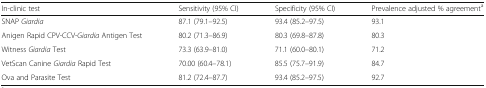
<table><thead><tr><td><b>In-clinic test</b></td><td><b>Sensitivity (95% CI)</b></td><td><b>Specificity (95% CI)</b></td><td><b>Prevalence adjusted % agreement<sup>a</sup></b></td></tr></thead><tbody><tr><td>SNAP <i>Giardia</i></td><td>87.1 (79.1–92.5)</td><td>93.4 (85.2–97.5)</td><td>93.1</td></tr><tr><td>Anigen Rapid CPV-CCV-<i>Giardia</i> Antigen Test</td><td>80.2 (71.3–86.9)</td><td>80.3 (69.8–87.8)</td><td>80.3</td></tr><tr><td>Witness <i>Giardia</i> Test</td><td>73.3 (63.9–81.0)</td><td>71.1 (60.0–80.1)</td><td>71.2</td></tr><tr><td>VetScan Canine <i>Giardia</i> Rapid Test</td><td>70.00 (60.4–78.1)</td><td>85.5 (75.7–91.9)</td><td>84.7</td></tr><tr><td>Ova and Parasite Test</td><td>81.2 (72.4–87.7)</td><td>93.4 (85.2–97.5)</td><td>92.7</td></tr></tbody></table>